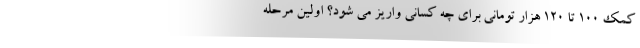
کمک 100 تا 120 هزار تومانی برای چه کسانی واریز می شود؟ اولین مرحله